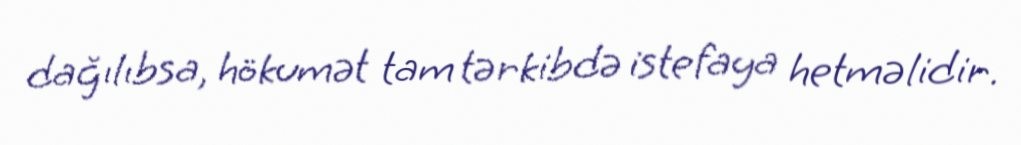
dağılıbsa, hökumət tam tərkibdə istefaya hetməlidir.